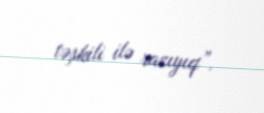
təşkili ilə razıyıq”.